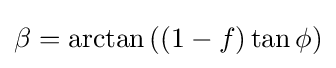
\beta =\arctan \left((1-f)\tan \phi \right)